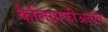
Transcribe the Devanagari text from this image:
कैलिग्राफीअत्यंत